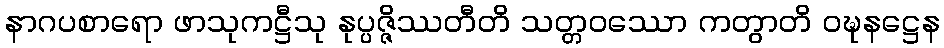
နာဂပစာရော ဖာသုကဋ္ဌီသု နုပ္ပဇ္ဇိဿတီတိ သတ္တဝဿော ကတွာတိ ဝဍ္ဎနဋ္ဌေန